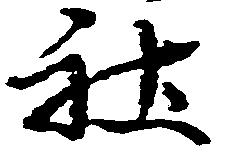
社